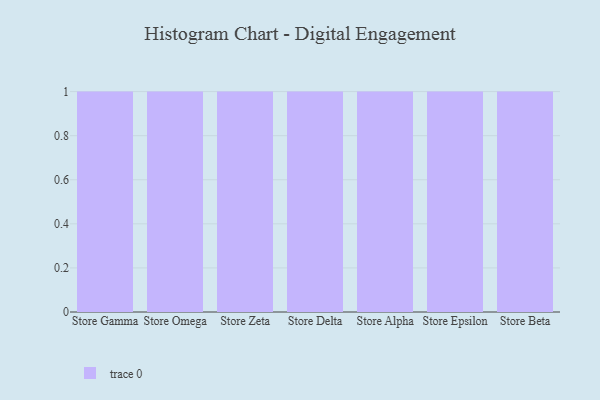
{"axis": {"x": "Store", "y": "Demand Index"}, "legend": [""], "data": [{"x": "Store Gamma", "y": 65, "type": ""}, {"x": "Store Omega", "y": 95, "type": ""}, {"x": "Store Zeta", "y": 19, "type": ""}, {"x": "Store Delta", "y": 65, "type": ""}, {"x": "Store Alpha", "y": 90, "type": ""}, {"x": "Store Epsilon", "y": 76, "type": ""}, {"x": "Store Beta", "y": 68, "type": ""}]}